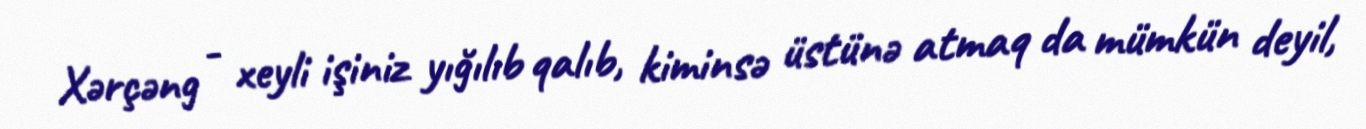
Xərçəng - xeyli işiniz yığılıb qalıb, kiminsə üstünə atmaq da mümkün deyil,